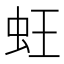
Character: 蚟